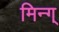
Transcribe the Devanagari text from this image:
मिन्ग्